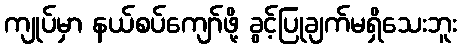
ကျုပ်မှာ နယ်စပ်ကျော်ဖို့ ခွင့်ပြုချက်မရှိသေးဘူး